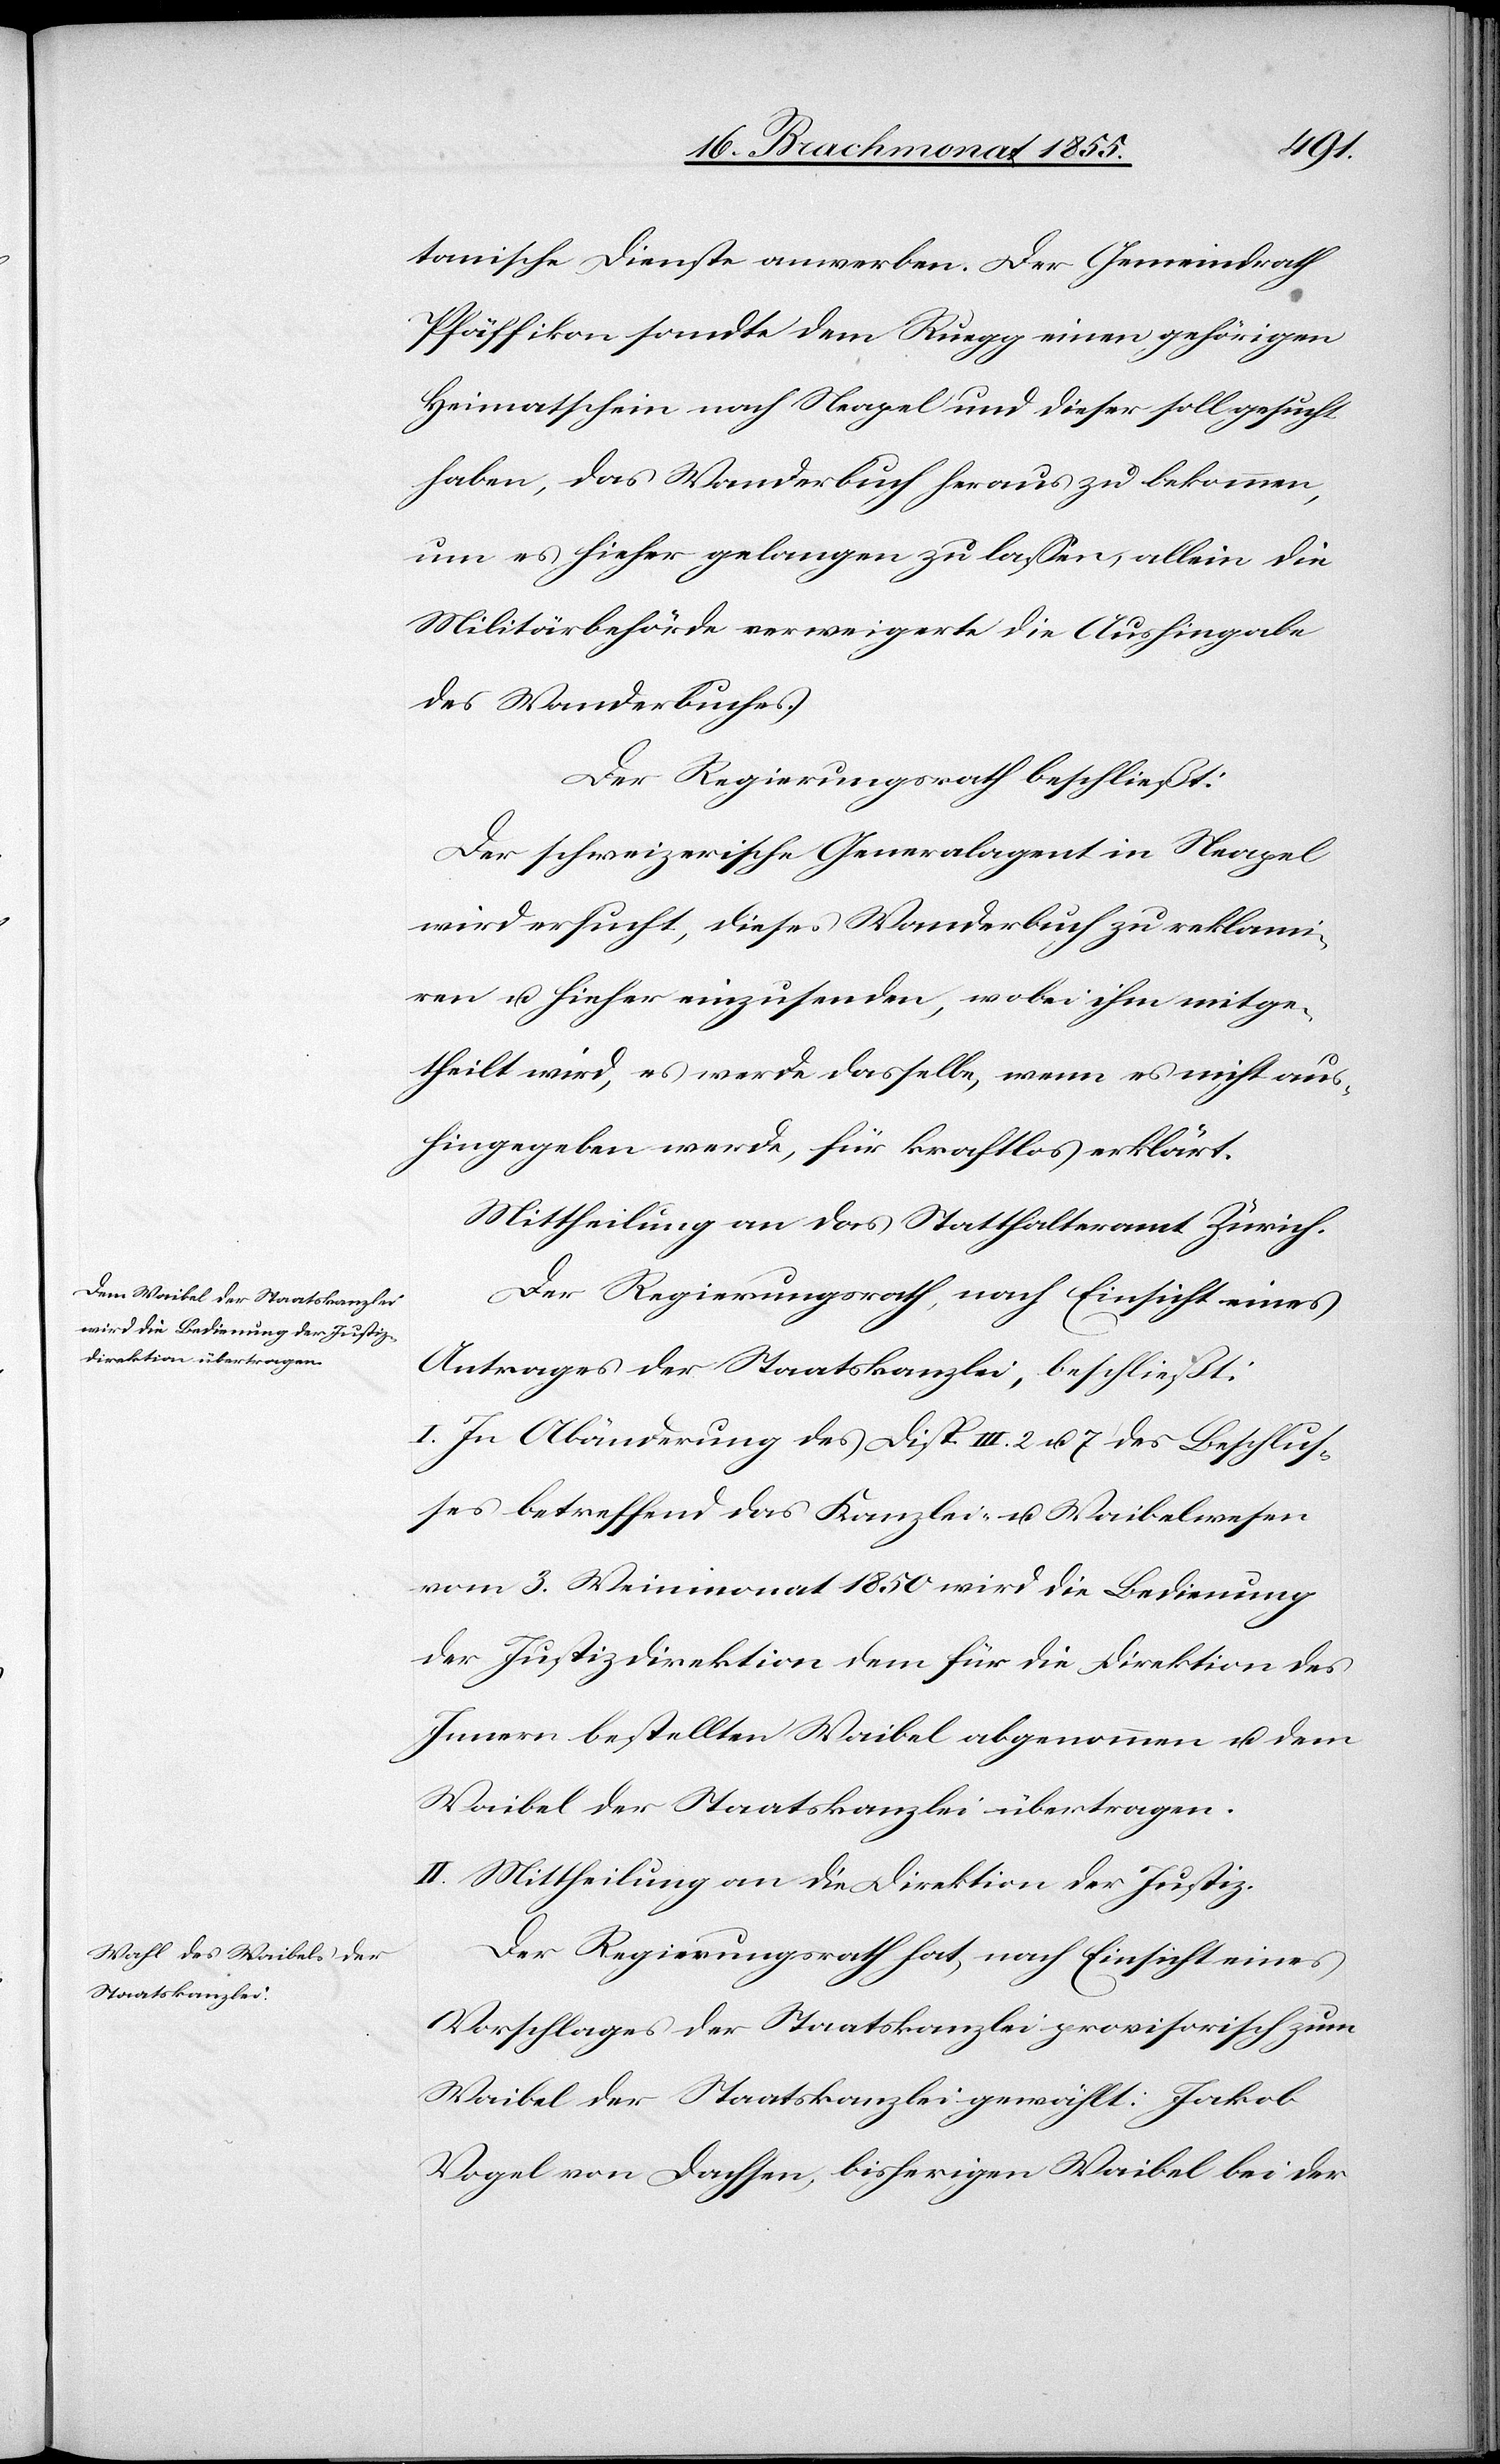
tanische Dienste anwerben. Der Gemeindrath
Pfäffikon sandte dem Ruegg einen gehörigen
Heimatschein nach Neapel und dieser soll gesucht
haben, das Wanderbuch heraus zu bekommen,
um es hieher gelangen zu lassen, allein die
Militärbehörde verweigert die Aushingabe
des Wanderbuches.
Der Regierungsrath beschließt:
Der schweizerische Generalagent in Neapel
wird ersucht, dieses Wanderbuch zu reklami¬
ren u. hieher einzusenden, wobei ihm mitge¬
theilt wird, es werde dasselbe, wenn es nicht aus¬
hingegeben werde, für kraftlos erklärt.
Mittheilung an das Statthalteramt Zürich.
Der Regierungsrath, nach Einsicht eines
Antrages der Staatskanzlei, beschließt:
I. In Abänderung des Disp. III. 2 u. 7 des Beschlus¬
ses betreffend das Kanzlei- u. Waibelwesen
vom 3. Weinmonat 1850 wird die Bedienung
der Justizdirektion dem für die Direktion des
Innern bestellten Waibel abgenommen u. dem
Waibel der Staatskanzlei übertragen.
II. Mittheilung an die Direktion der Justiz.
Der Regierungsrath hat, nach Einsicht eines
Vorschlages der Staatskanzlei provisorisch zum
Waibel der Staatskanzlei gewählt: Jakob
Vogel von Dachsen, bisherigen Waibel bei der